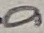
Text: a